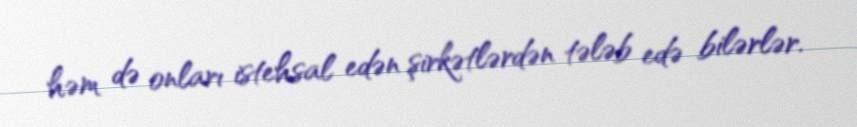
həm də onları istehsal edən şirkətlərdən tələb edə bilərlər.